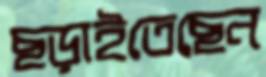
ছড়াইতেছেন